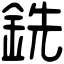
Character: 銑